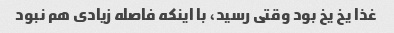
غذا یخ یخ بود وقتی رسید، با اینکه فاصله زیادی هم نبود